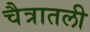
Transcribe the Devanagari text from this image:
चैत्रातली